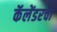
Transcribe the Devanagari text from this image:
कॅलेंडरचा